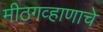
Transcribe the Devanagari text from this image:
मीठगव्हाणाचे